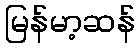
မြန်မာ့ဆန်